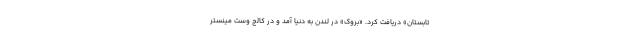
تابستان» دریافت کرد. «بروک» در لندن به دنیا آمد و در کالج وست مینستر